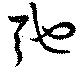
弛